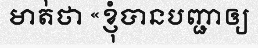
មាត់ថា «ខ្ញុំបានបញ្ជាឲ្យ